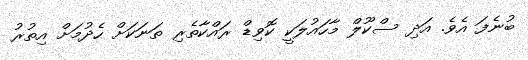
ބުނެފަ އެވެ. އަދި ސްކޫލް މާހައުލަކީ ކޮވިޑް ރައްކާތެރި ތަނަކަށް ހެދުމަށް އިތުރު